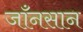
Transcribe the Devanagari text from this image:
जाँनसान